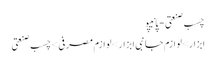
چسب صنعتی - پانیپو
ابزار>لوازم جانبی ابزار>لوازم مصرفی>چسب صنعتی